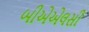
બીએએલસી